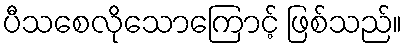
ပီသစေလိုသောကြောင့် ဖြစ်သည်။